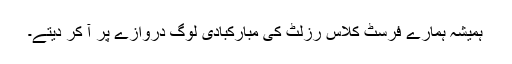
ہمیشہ ہمارے فرسٹ کلاس رزلٹ کی مبارکبادی لوگ دروازے پر آ کر دیتے۔